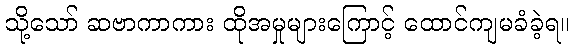
သို့သော် ဆဗာကာကား ထိုအမှုများကြောင့် ထောင်ကျမခံခဲ့ရ။